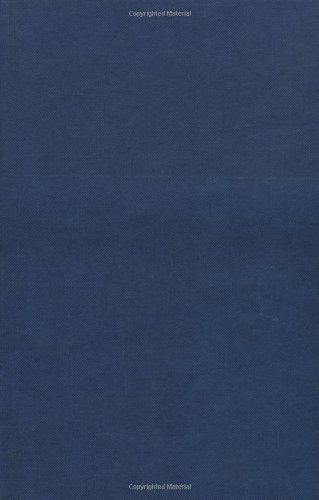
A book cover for Britain and the Defeat of Napoleon, 1807-1815; Rory Muir; History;